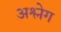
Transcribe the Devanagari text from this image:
अश्लेग